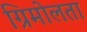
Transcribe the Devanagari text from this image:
ग्रिमोलता